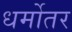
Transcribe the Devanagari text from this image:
धर्मोतर